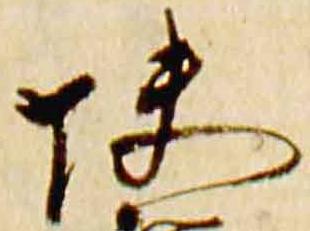
快